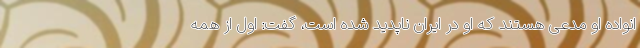
انواده او مدعی هستند که او در ایران ناپدید شده است، گفت: اول از همه